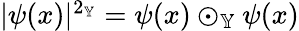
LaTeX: \begin{array}{r}{|\psi(x)|^{2_{\mathbb{Y}}}=\psi(x)\odot_{\mathbb{Y}}\psi(x)}\end{array}